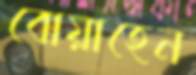
বোয়াহেন